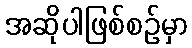
အဆိုပါဖြစ်စဉ်မှာ